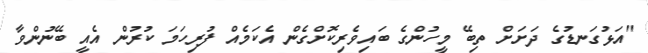
"އަޅުގަނޑުގެ ދަށަށް ތިބޭ މީހުންގެ ބައިވެރިކޮށްގެން އެކަމެއް ފުރިހަމަ ކުރުން އެއީ ބޭނުންވާ